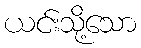
ယင်းသို့သော